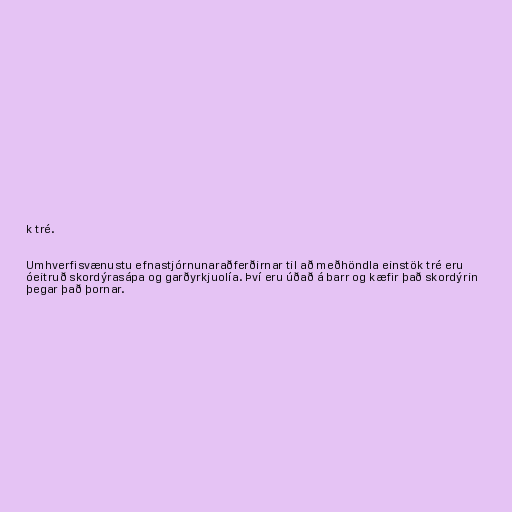
k tré.

Umhverfisvænustu efnastjórnunaraðferðirnar til að meðhöndla einstök tré eru
óeitruð skordýrasápa og garðyrkjuolía. Því eru úðað á barr og kæfir það skordýrin
þegar það þornar.